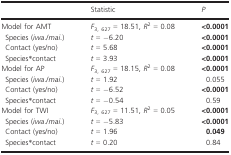
|  | Statistic | P |
 | --- | --- | --- |
 | Model for AMT | F3, 627 = 18.51, R2 = 0.08 | <0.0001 |
 | Species (iwa./mai.) | t = −6.20 | <0.0001 |
 | Contact (yes/no) | t = 5.68 | <0.0001 |
 | Species*contact | t = 3.93 | <0.0001 |
 | Model for AP | F3, 627 = 18.15, R2 = 0.08 | <0.0001 |
 | Species (iwa./mai.) | t = 1.92 | 0.055 |
 | Contact (yes/no) | t = −6.52 | <0.0001 |
 | Species*contact | t = −0.54 | 0.59 |
 | Model for TWI | F3, 627 = 11.51, R2 = 0.05 | <0.0001 |
 | Species (iwa./mai.) | t = −5.83 | <0.0001 |
 | Contact (yes/no) | t = 1.96 | 0.049 |
 | Species*contact | t = 0.20 | 0.84 |